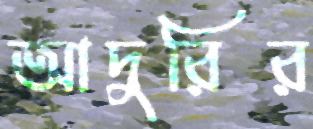
আদুরির